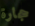
حجارة